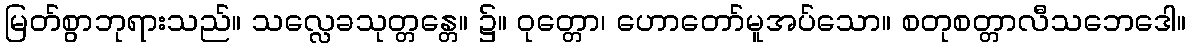
မြတ်စွာဘုရားသည်။ သလ္လေခသုတ္တန္တေ။ ၌။ ဝုတ္တော၊ ဟောတော်မူအပ်သော။ စတုစတ္တာလီသဘေဒေါ။